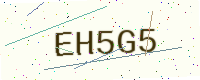
Text: EH5G5